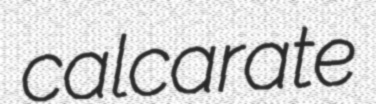
calcarate